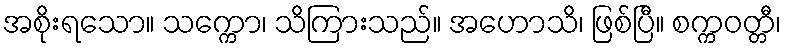
အစိုးရသော။ သက္ကော၊ သိကြားသည်။ အဟောသိ၊ ဖြစ်ပြီ။ စက္ကဝတ္တီ၊